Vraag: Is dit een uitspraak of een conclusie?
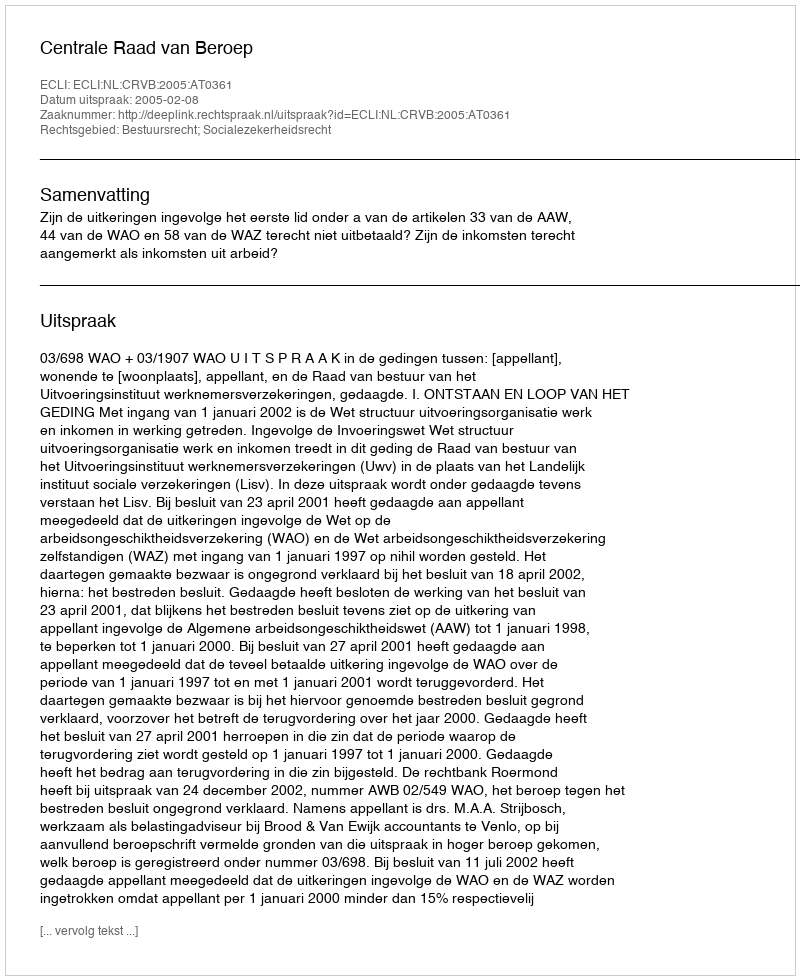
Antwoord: Uitspraak